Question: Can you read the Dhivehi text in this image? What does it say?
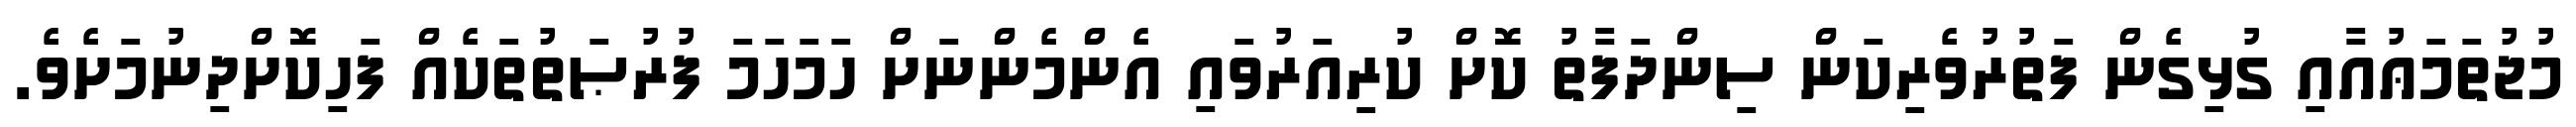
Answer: މުޖުތަމަޢުއާއި ގުޅިގެން ފަތުރުވެރިކަން ސިންދަފާތު ކޮށް ކުރިއަރުވައި އެންމެންނަށް ހަމަހަމަ ފުރުޞަތުތަކެއް ފަހިކޮށްދިނުމަށެވެ.